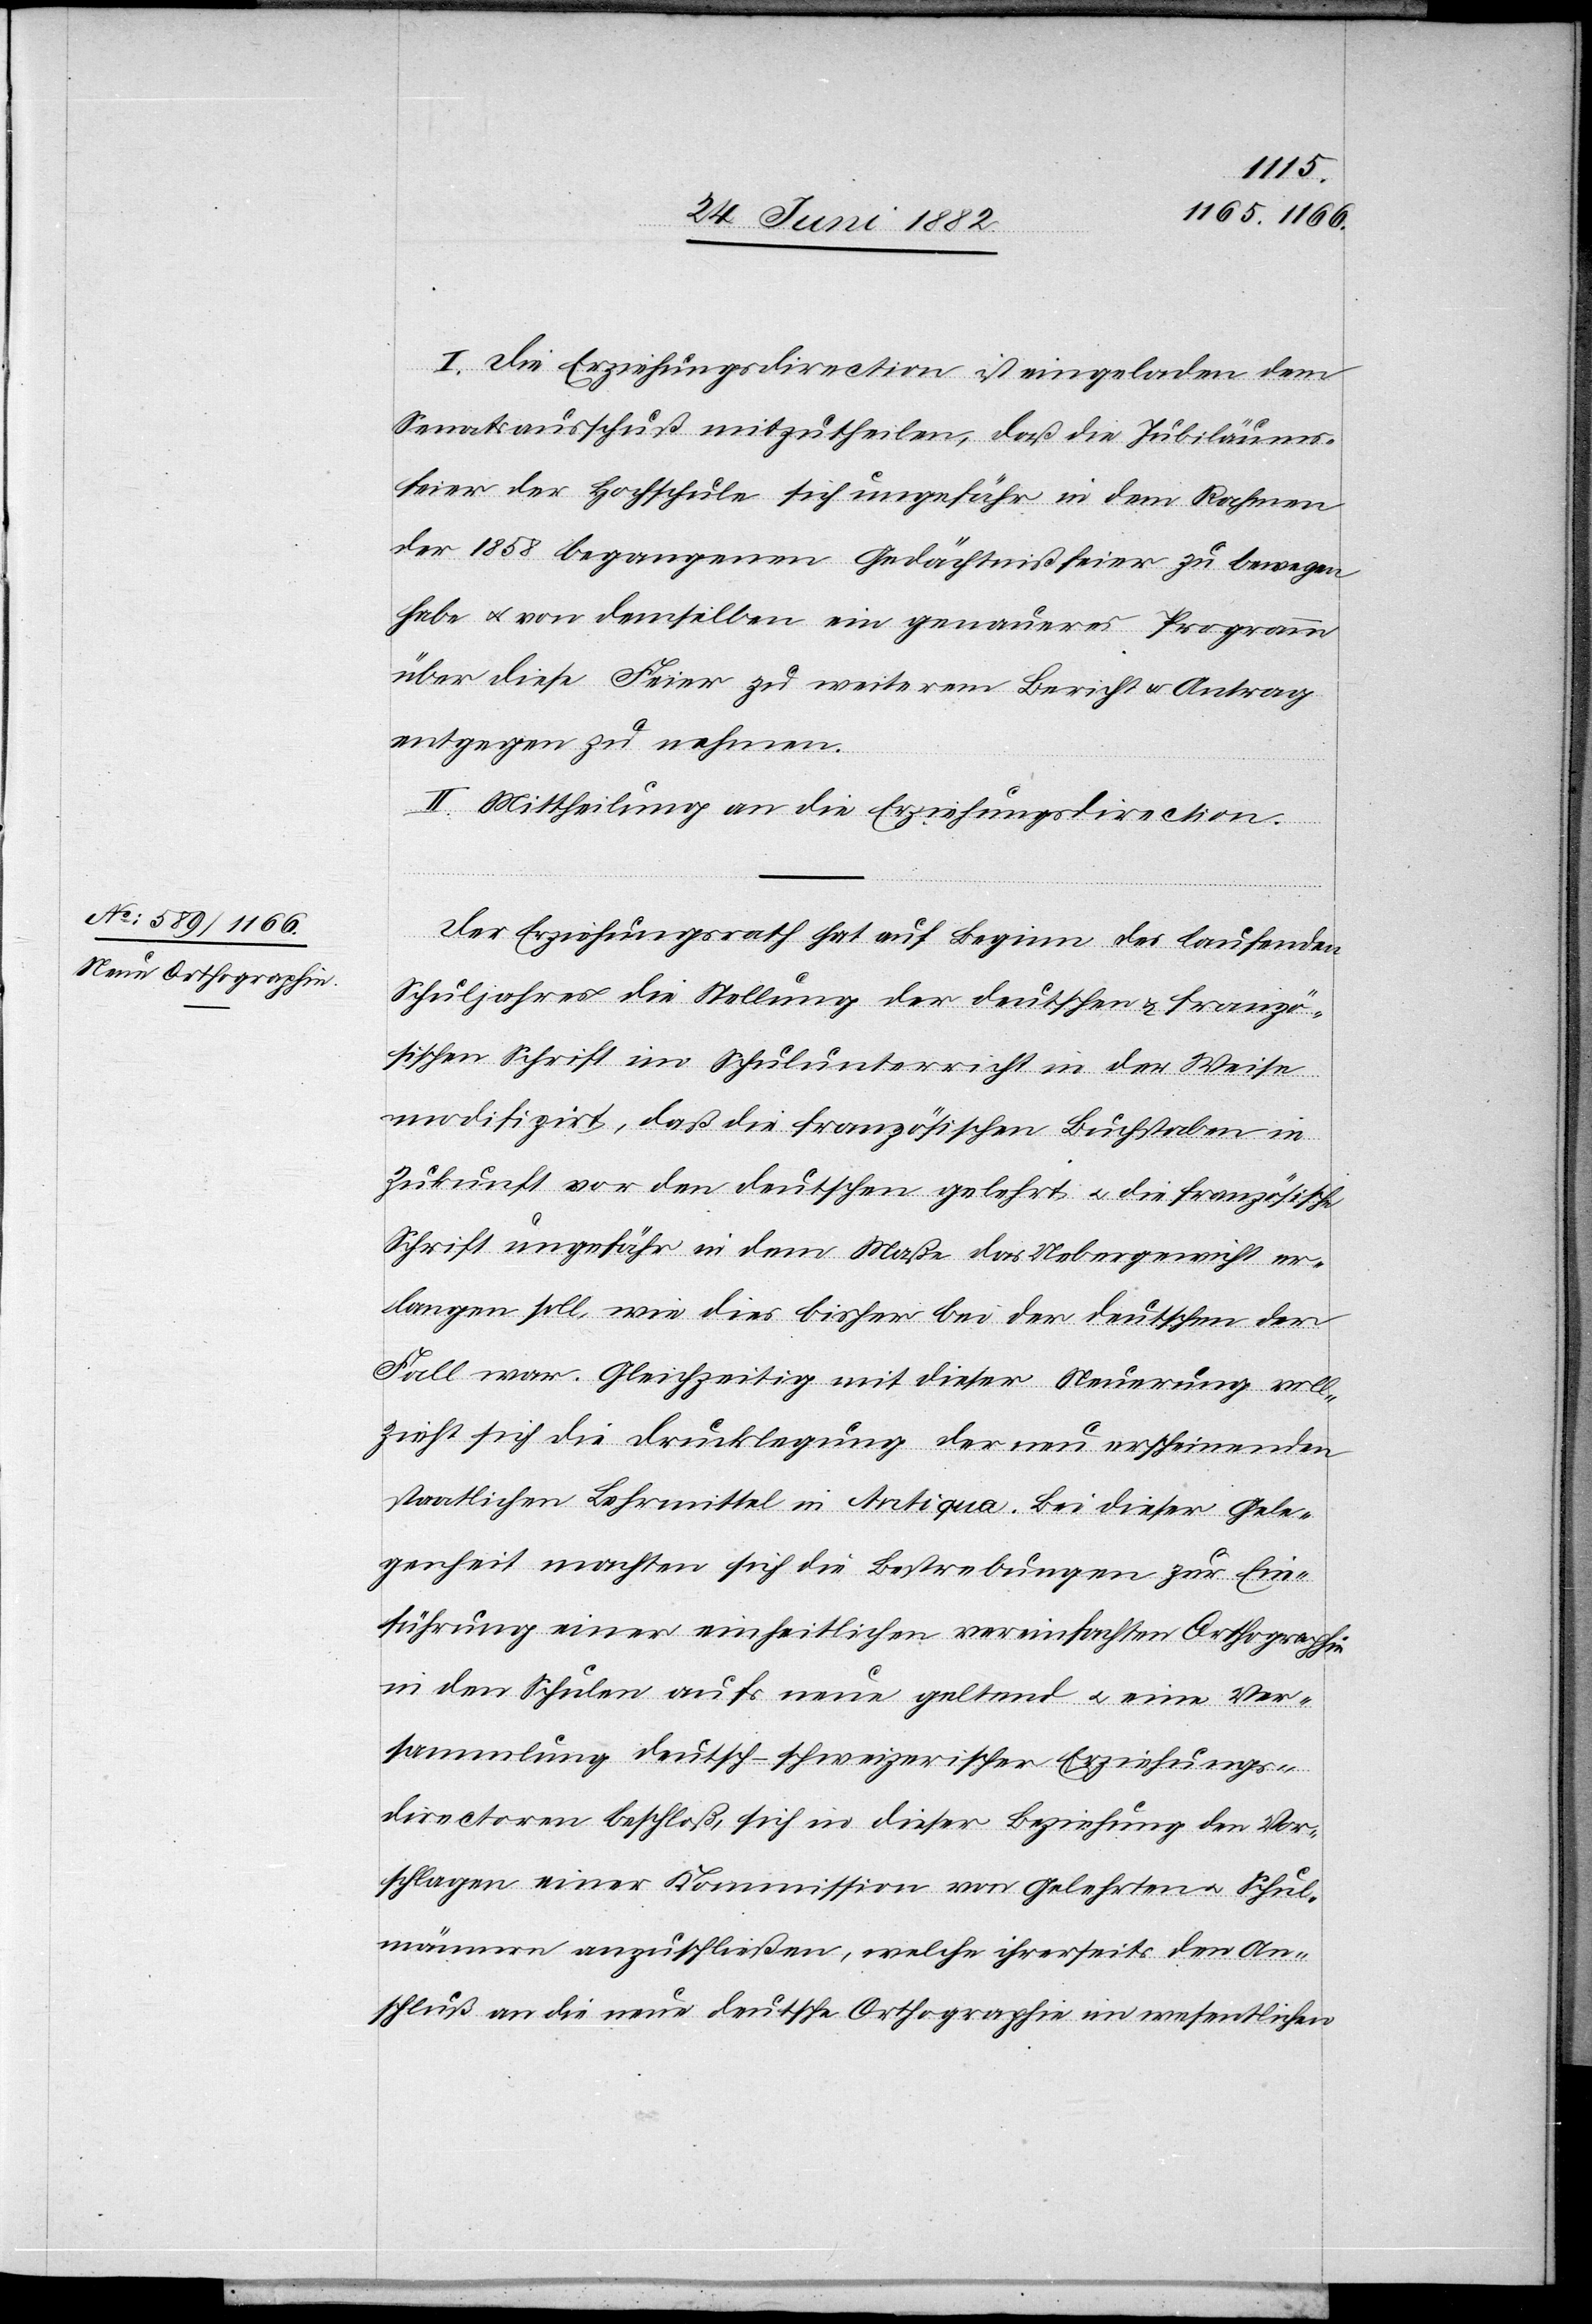
I. Die Erziehungsdirection ist eingeladen dem
Senatsausschuß mitzutheilen, daß die Jubiläums¬
feier der Hochschule sich ungefähr in dem Rahmen
der 1858 begangenen Gedächtnißfeier zu bewegen
habe u. von demselben ein genaueres Programm
über diese Feier zu weiterem Bericht & Antrag
entgegen zu nehmen.
II. Mittheilung an die Erziehungsdirection.
Der Erziehungsrath hat auf Beginn des laufenden
Schuljahres die Stellung der deutschen & franzö¬
sischen Schrift im Schulunterricht in der Weise
modifizirt, daß die französischen Buchstaben in
Zukunft vor den deutschen gelehrt u. die französische
Schrift ungefähr in dem Maße das Uebergewicht er¬
langen soll wie dies bisher bei der deutschen der
Fall war. Gleichzeitig mit dieser Neuerung voll¬
zieht sich die Drucklegung der neu erscheinenden
staatlichen Lehrmittel in Antiqua. Bei dieser Gele¬
genheit machten sich die Bestrebungen zur Ein¬
führung einer einheitlichen vereinfachten Orthographie
in den Schule aufs neue geltend u. eine Ver¬
sammlung deutsch-schweizerischer Erziehungs¬
directoren beschloß, sich in dieser Beziehung den Vor¬
schlägen einer Kommission von Gelehrten u. Schul¬
männern anzuschließen, welche ihrerseits den An¬
schluß an die neue deutsche Orthographie im wesentlichen